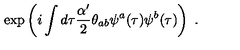
\exp \left( i \int d \tau \frac { \alpha ^ { \prime } } { 2 } \theta _ { a b } \psi ^ { a } ( \tau ) \psi ^ { b } ( \tau ) \right) \ .